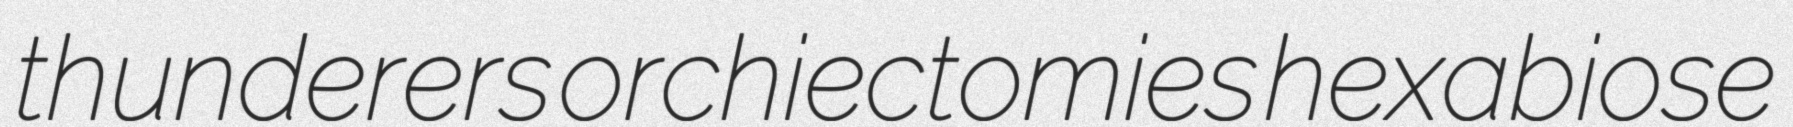
thunderers orchiectomies hexabiose